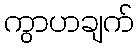
ကွာဟချက်